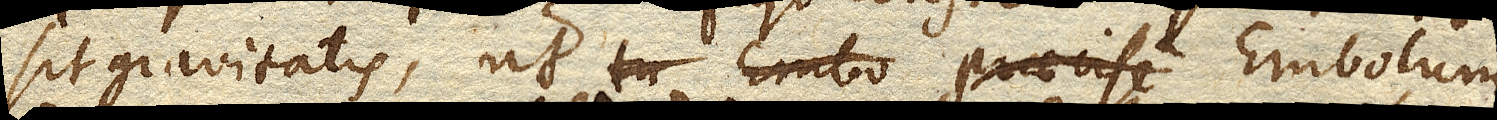
sit gravitatis, ut Embolum